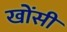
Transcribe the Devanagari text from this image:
खोंसी